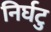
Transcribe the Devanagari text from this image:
निर्घटु